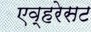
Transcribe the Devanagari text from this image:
एव्हरेसट